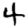
Digit: 4